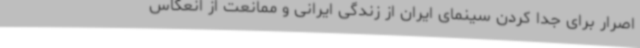
اصرار برای جدا کردن سینمای ایران از زندگی ایرانی و ممانعت از انعکاس